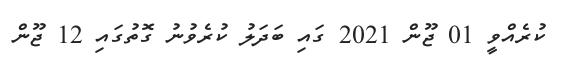
ކުރެއްވީ 01 ޖޫން 2021 ގައި ބަދަލު ކުރެވުނު ގޮތުގައި 12 ޖޫން